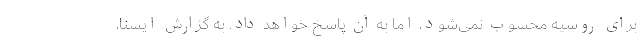
برای روسیه محسوب نمی‌شود، اما به آن پاسخ خواهد داد. به گزارش ایسنا،